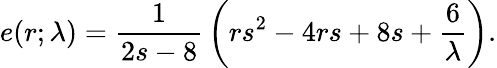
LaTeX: e(r;\lambda)={\frac{1}{2s-8}}\left(rs^{2}-4rs+8s+{\frac{6}{\lambda}}\right).